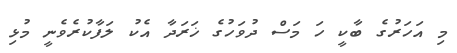
މި އަހަރުގެ ބާކީ ހަ މަސް ދުވަހުގެ ޚަރަދާ އެކު ލަފާކުރެވެނީ މުޅި